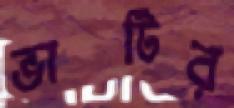
ভাটির